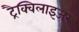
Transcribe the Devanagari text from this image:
ट्रैक्विलाइजर